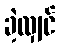
ခဲ့လျှင်